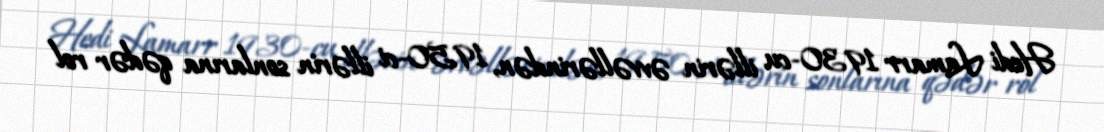
Hedi Lamarr 1930-cu illərin əvvəllərindən, 1950-ci illərin sonlarına qədər rol